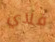
فلاي